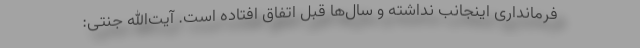
فرمانداری اینجانب نداشته و سال‌ها قبل اتفاق افتاده است. آیت‌الله جنتی: